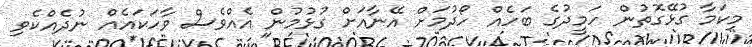
މިކަމާ ގުޅޭގޮތުން ހަމީދުގެ ބަހެއް ހޯދުމަށް އޭނާއަށް ގުޅުމުން އެއްވެސް ވާހަކައެއް ނުދެއްކެވި